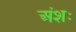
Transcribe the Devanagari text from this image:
अंशः